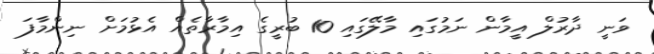
ވަނީ ދާރުލް އީމާން ނަމުގައި މާލޭގައި 10 ބުރީގެ އިމާރާތެއް އެޅުމަށް ނިންމާފަ